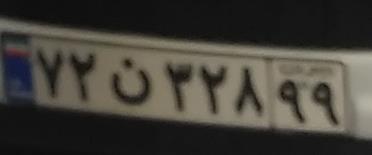
۷۲ن۳۲۸۹۹